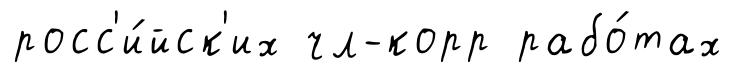
росс'и́йск'их чл-корр рабо́тах